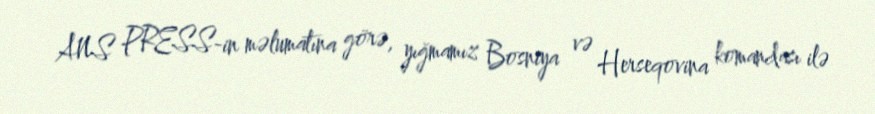
ANS PRESS-in məlumatına görə, yığmamız Bosniya və Herseqovina komandası ilə